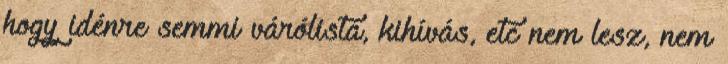
hogy idénre semmi várólista, kihívás, etc nem lesz, nem